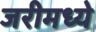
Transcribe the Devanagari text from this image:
जरीमध्ये